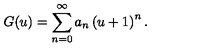
G ( u ) = \sum _ { n = 0 } ^ { \infty } a _ { n } \left( u + 1 \right) ^ { n } .